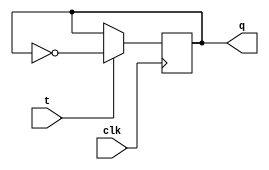
`timescale 1ns / 1ps
//////////////////////////////////////////////////////////////////////////////////
// Module Name: day13_tff
//////////////////////////////////////////////////////////////////////////////////


module day13_tff(
    input t,
    input clk,
    output reg q
    );
    
    initial begin
     q = 1;
    end
    
    always@(negedge clk)
    begin
    if(t==1)
     q<= ~q;
    else
     q<= q;
    end
endmodule